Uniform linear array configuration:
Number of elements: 48
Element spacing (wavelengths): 0.25
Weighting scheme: cosine
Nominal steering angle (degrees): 0
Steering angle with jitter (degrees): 1.095
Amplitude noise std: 0.05
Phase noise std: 0.05

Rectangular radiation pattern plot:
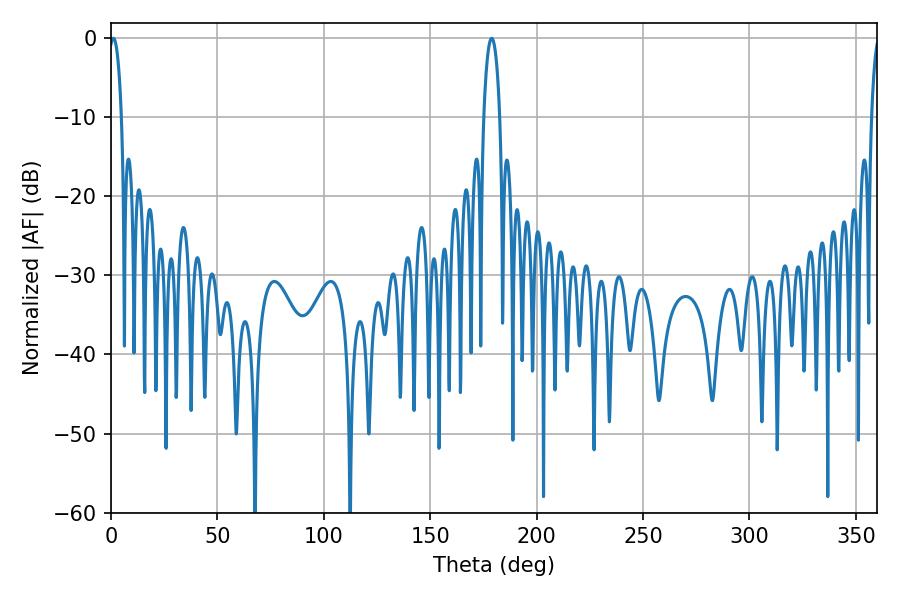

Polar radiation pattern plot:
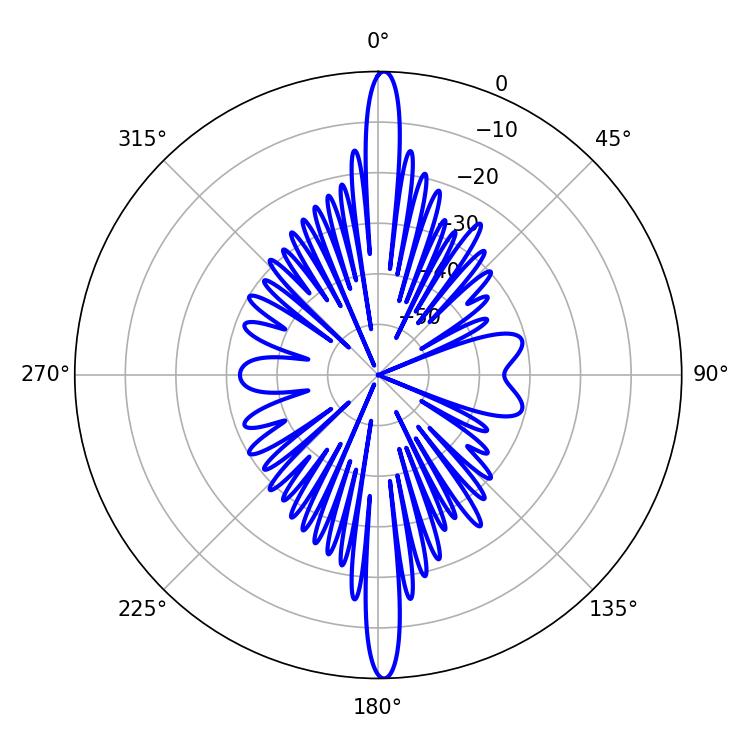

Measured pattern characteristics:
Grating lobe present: FALSE
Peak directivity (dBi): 27.603
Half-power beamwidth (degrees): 3.24
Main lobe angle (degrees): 1.08